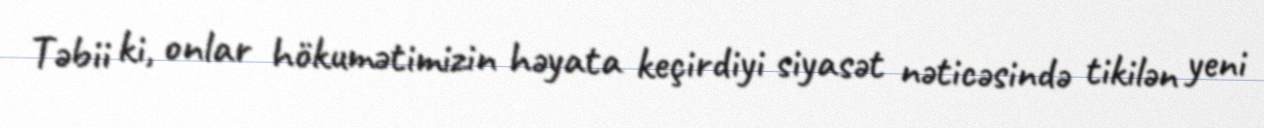
Təbii ki, onlar hökumətimizin həyata keçirdiyi siyasət nəticəsində tikilən yeni